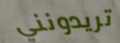
تريدونني